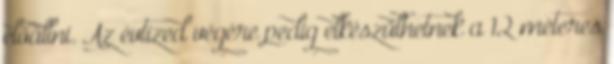
előállni. Az évtized végére pedig elkészülhetnek a 12 méteres